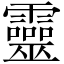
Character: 靈